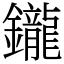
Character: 鑨